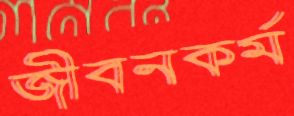
জীবনকর্ম